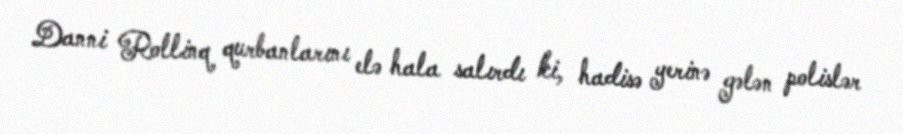
Danni Rollinq qurbanlarını elə hala salırdı ki, hadisə yerinə gələn polislər